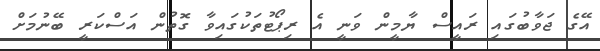
އޭގެ ޖަވާބުގައި ރައީސް ޔާމީން ވަނީ އެ ރިޕޯޓުތަކުގައިވާ ގޮތުން އަސްކަރީ ބޭނުމަށް